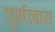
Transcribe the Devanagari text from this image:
पुर्णत्‍वास